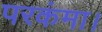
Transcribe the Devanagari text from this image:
परकंमा।